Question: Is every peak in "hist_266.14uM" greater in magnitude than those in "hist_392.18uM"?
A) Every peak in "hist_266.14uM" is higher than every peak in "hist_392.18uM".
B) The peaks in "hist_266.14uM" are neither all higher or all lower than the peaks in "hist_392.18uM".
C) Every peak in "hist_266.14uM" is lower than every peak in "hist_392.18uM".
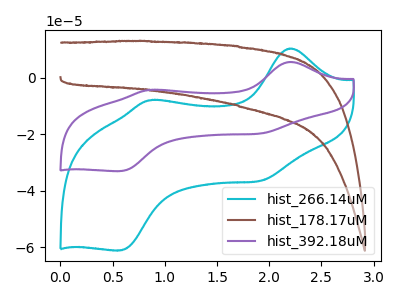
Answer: <think>The cyan curve "hist_266.14uM" has anodic peaks at (2.20V, 10.35uA) (0.85V, -7.90uA) and cathodic peaks at (1.90V, -36.50uA) (0.55V, -61.10uA). The brown curve "hist_178.17uM" has no peaks. The purple curve "hist_392.18uM" has anodic peaks at (2.20V, 5.60uA) (0.85V, -4.30uA) and cathodic peaks at (1.90V, -19.70uA) (0.55V, -33.05uA).</think>
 <answer>B) The peaks in "hist_266.14uM" are neither all higher or all lower than the peaks in "hist_392.18uM".</answer>
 <eval>B</eval>